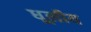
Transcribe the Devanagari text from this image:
धूलीय